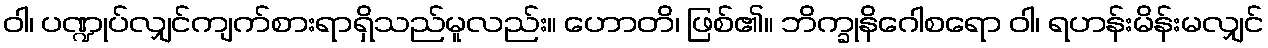
ဝါ၊ ပဏ္ဍုပ်လျှင်ကျက်စားရာရှိသည်မူလည်း။ ဟောတိ၊ ဖြစ်၏။ ဘိက္ခုနိဂေါစရော ဝါ၊ ရဟန်းမိန်းမလျှင်